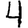
Digit: 4